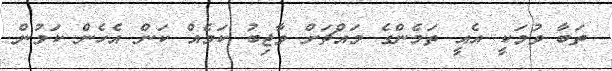
ތަބާ ވުމަކީ އެއީ ތަމެންގެ މައްޗަށް ވާޖިބު ކަމެއް ކަން އެހެން ކަމުން